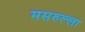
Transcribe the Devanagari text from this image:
मसरुल्ला